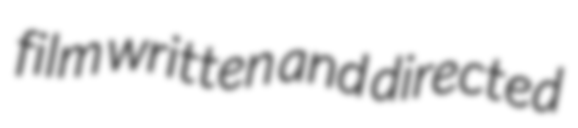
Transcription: film written and directed